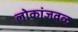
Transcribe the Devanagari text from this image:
लोकांजवळ